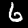
Digit: 6